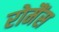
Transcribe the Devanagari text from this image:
रोमैंस